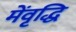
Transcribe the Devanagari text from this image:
मेंवृद्धि